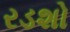
રડશો